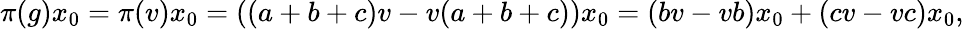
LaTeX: \pi(g)x_{0}=\pi(v)x_{0}=((a+b+c)v-v(a+b+c))x_{0}=(bv-vb)x_{0}+(cv-vc)x_{0},